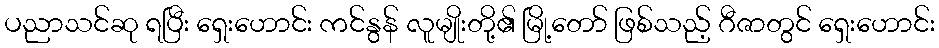
ပညာသင်ဆု ရပြီး ရှေးဟောင်း ကင်နွန် လူမျိုးတို့၏ မြို့တော် ဖြစ်သည့် ဂီဇာတွင် ရှေးဟောင်း